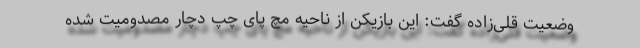
وضعیت قلی‌زاده گفت: این بازیکن از ناحیه مچ پای چپ دچار مصدومیت شده